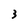
Character: 3